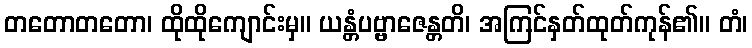
တတောတတော၊ ထိုထိုကျောင်းမှ။ ယန္တံပဗ္ဗာဇေန္တတိ၊ အကြင်နှတ်ထုတ်ကုန်၏။ တံ၊